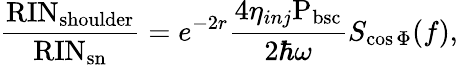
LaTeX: \frac{\mathrm{RIN}_{\mathrm{shoulder}}}{\mathrm{RIN}_{\mathrm{sn}}}=e^{-2r}\frac{4\eta_{inj}\mathrm{P_{bsc}}}{2\hbar\omega}S_{\cos\Phi}(f),